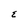
Character: E